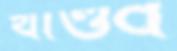
খাণ্ডব